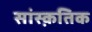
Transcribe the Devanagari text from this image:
सांस्‍क़तिक